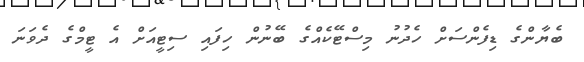
ބެޔާންގެ ޑިފެންސަށް ހެދުނު މިސްޓޭކެއްގެ ބޭނުން ހިފައި ސިޓީއަށް އެ ޓީމްގެ ދެވަނަ